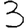
Digit: 3